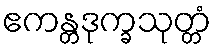
ဧကန္တဒုက္ခသုတ္တံ